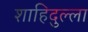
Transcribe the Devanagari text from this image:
शाहिदुल्ला